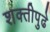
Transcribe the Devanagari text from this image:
शक्तीपुढे